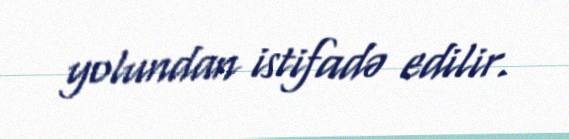
yolundan istifadə edilir.